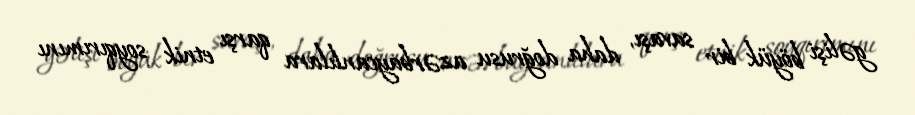
gəlişi böyük bir savaşı, daha doğrusu azərbaycanlılara qarşı etnik soyqırımını